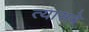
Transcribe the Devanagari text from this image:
त्यासवे